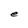
Character: e